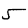
Digit: 5